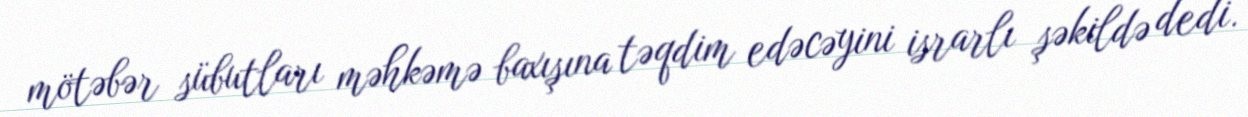
mötəbər sübutları məhkəmə baxışına təqdim edəcəyini israrlı şəkildə dedi.